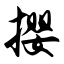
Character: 撄